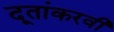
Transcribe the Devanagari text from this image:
दूतांकरवी